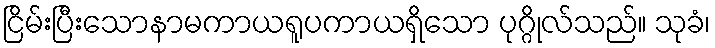
ငြိမ်းပြီးသောနာမကာယရူပကာယရှိသော ပုဂ္ဂိုလ်သည်။ သုခံ၊